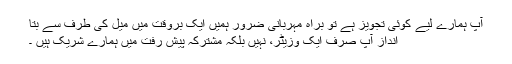
آپ ہمارے لیے کوئی تجویز ہے تو براہ مہربانی ضرور ہمیں ایک بروقت میں میل کی طرف سے بتا
انداز آپ صرف ایک وزیٹر، نہیں بلکہ مشترکہ پیش رفت میں ہمارے شریک ہیں ۔